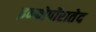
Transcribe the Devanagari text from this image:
इन्कोर्पोरातेद